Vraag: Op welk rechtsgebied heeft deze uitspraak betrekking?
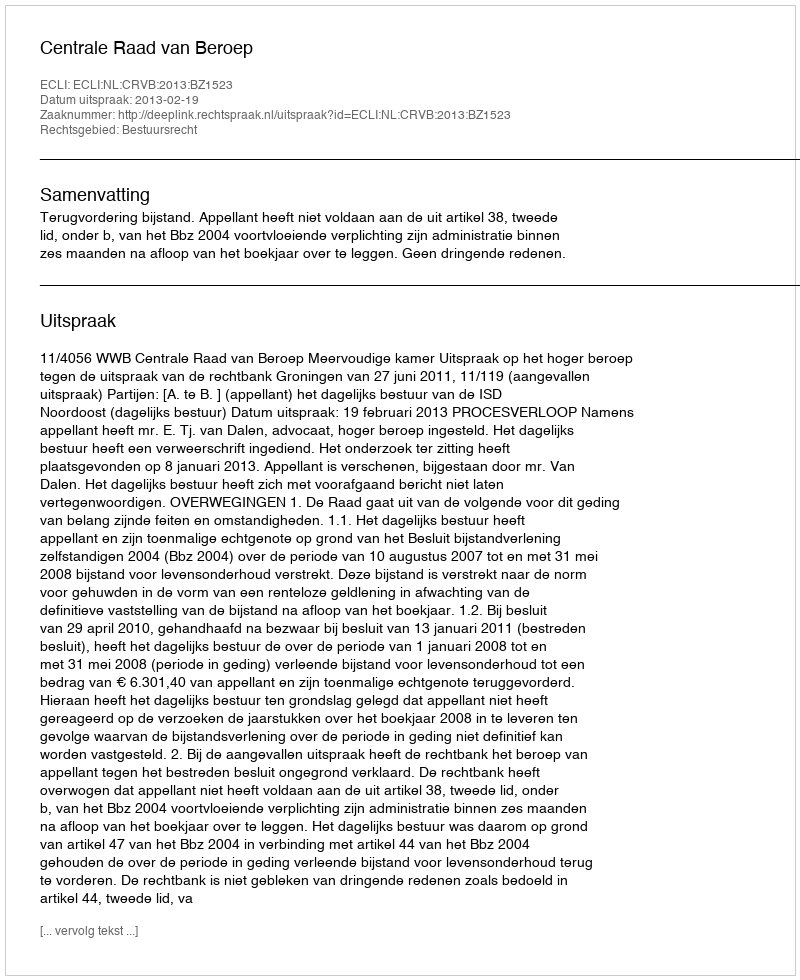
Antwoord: Bestuursrecht